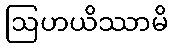
ဩဟယိဿာမိ